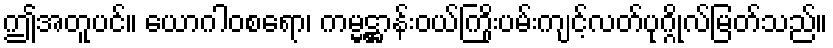
ဤအတူပင်။ ယောဂါဝစရော၊ ကမ္မဋ္ဌာန်းဝယ်ကြိုးပမ်းကျင့်လတ်ပုဂ္ဂိုလ်မြတ်သည်။